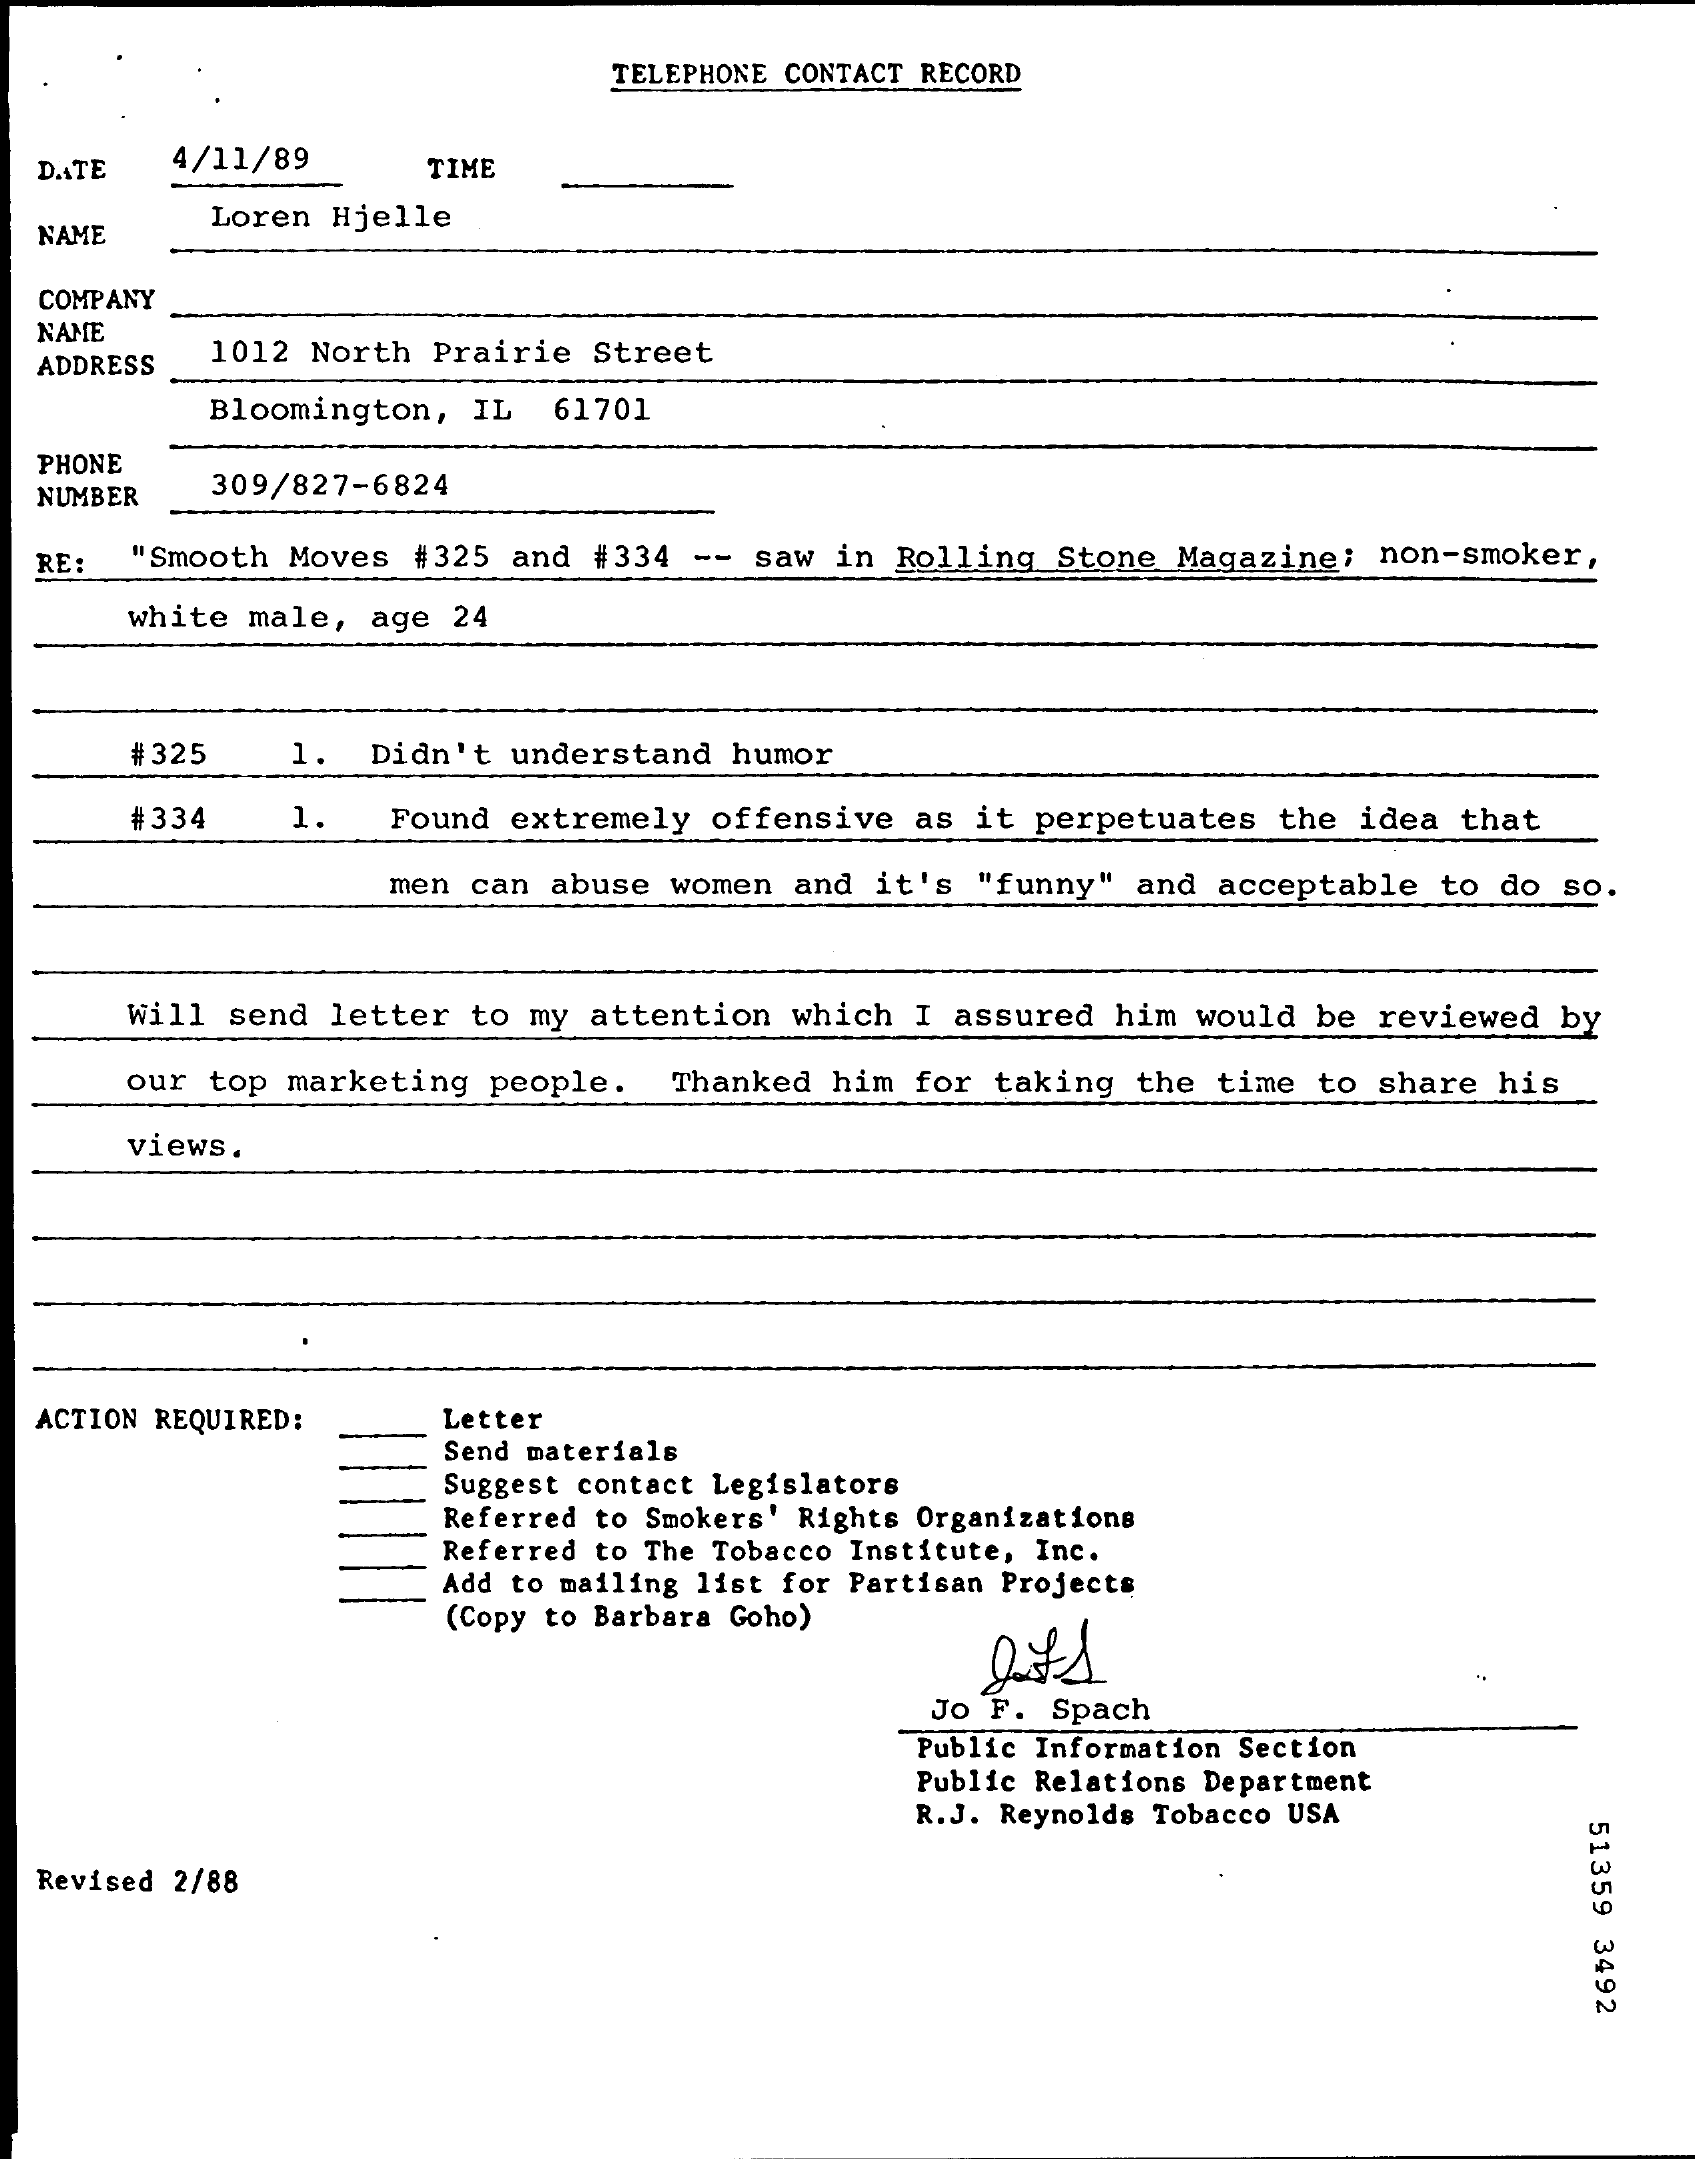
TELEPHONE CONTACT RECORD
  DATE  4/11/89   TIME
  NAME
     Loren Hjelle
  COMPANY
  NAME
  ADDRESS 1012 North Prairie Street
     Bloomington, IL 61701
  PHONE
  NUMBER
     309/827-6824
  RE: "Smooth Moves #325 and #334 -- saw in Rolling Stone Magazine; non-smoker,
     white male, age 24
     # 325  1. Didn't understand humor
     #334   1.  Found extremely offensive as it perpetuates the idea that
     men can abuse women and it's "funny" and acceptable to do so.
     Will send letter to my attention which I assured him would be reviewed by
     our top marketing people. Thanked him for taking the time to share his
     views.
  ACTION REQUIRED: Letter
     Send materials
     Suggest contact Legislators
     Referred to Smokers' Rights Organizations
     Referred to The Tobacco Institute, Inc.
     Add to mailing list for Partisan Projects
     (Copy to Barbara Goho)
     Jo F. Spach
     Public Information Section
     Public Relations Department
     R.J. Reynolds Tobacco USA
     51359
     3492
  Revised 2/88